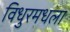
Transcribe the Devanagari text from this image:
विधुरमधला